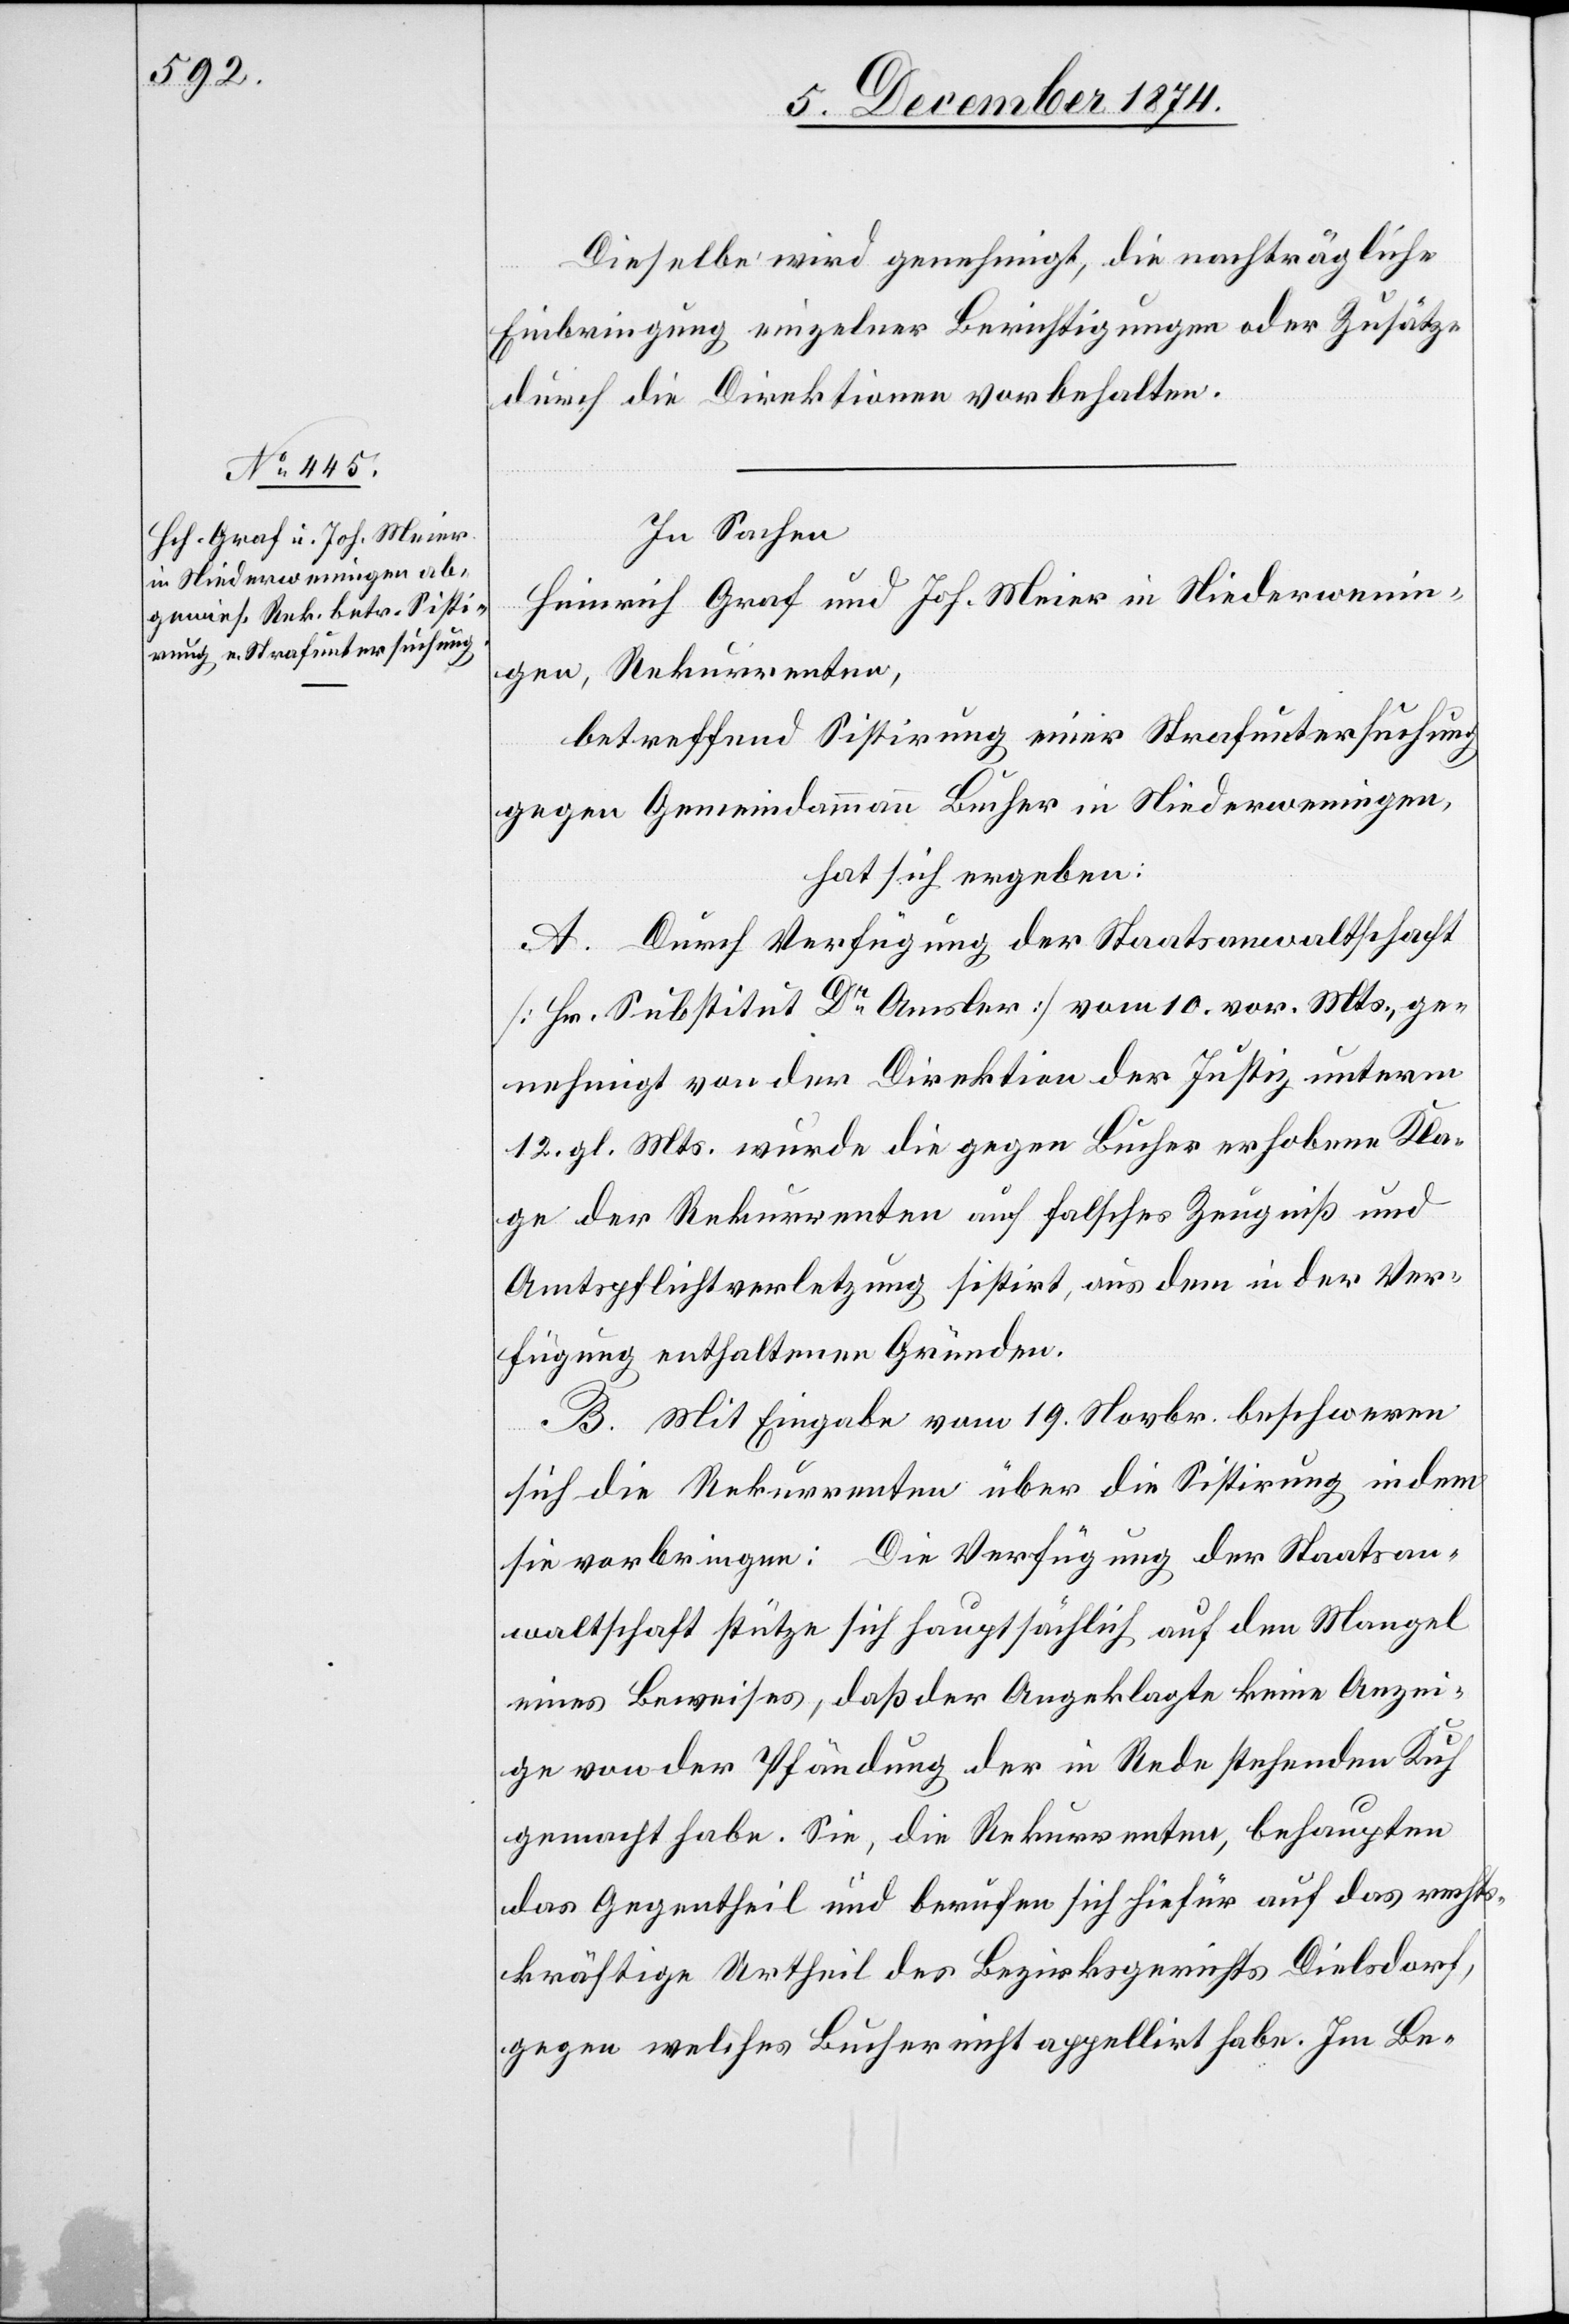
Dieselbe wird genehmigt, die nachträgliche
Einbringung einzelner Berichtigungen oder Zusätze
durch die Direktionen vorbehalten.
In Sachen
Heinrich Graf und Joh. Meier in Niederwenin¬
gen, Rekurrenten,
betreffend Sistirung einer Strafuntersuchung
gegen Gemeindammann Bucher in Niederweningen,
hat sich ergeben:
A. Durch Verfügung der Staatsanwaltschaft
[Hr. Substitut Dr Amsler] vom 10. vor. Mts., ge¬
nehmigt von der Direktion der Justiz unterm
12. gl. Mts. wurde die gegen Bucher erhobene Kla¬
ge der Rekurrenten auf falsches Zeugniß und
Amtspflichtverletzung sistirt, aus den in der Ver¬
fügung enthaltenen Gründen.
B. Mit Eingabe vom 19. Novbr. beschweren
sich die Rekurrenten über die Sistirung indem
sie vorbringen: Die Verfügung der Staatsan¬
waltschaft stütze sich hauptsächlich auf den Mangel
eines Beweises, daß der Angeklagte keine Anzei¬
ge von der Pfändung der in Rede stehenden Kuh
gemacht habe. Sie, die Rekurrenten, behaupten
das Gegentheil und berufen sich hiefür auf das rechts¬
kräftige Urtheil des Bezirksgerichts Dielsdorf,
gegen welches Bucher nicht appellirt habe. Im Be-